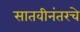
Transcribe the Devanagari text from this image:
सातवीनंतरचे